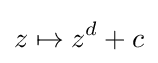
z\mapsto z^{d}+c